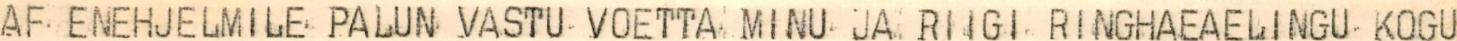
AF ENEHJELMILE PALUN VASTU VOETTA MINU JA RIIGI RINGHAEAELINGU KOGU